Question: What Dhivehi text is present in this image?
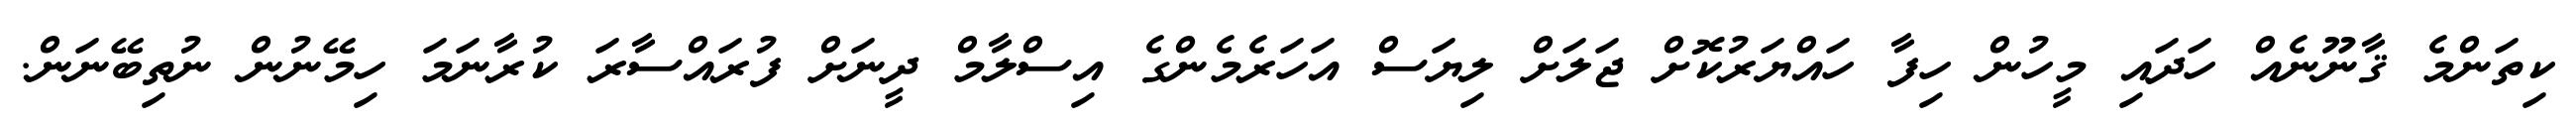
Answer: ކިތަންމެ ޤާނޫނެއް ހަދައި މީހުން ހިފާ ހައްޔަރުކޮށް ޖަލަށް ލިޔަސް އަހަރެމެންގެ އިސްލާމް ދީނަށް ފުރައްސާރަ ކުރާނަމަ ހިމޭނުން ނުތިބޭނަން.